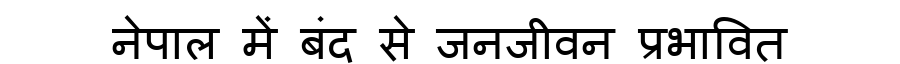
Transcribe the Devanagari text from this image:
नेपाल में बंद से जनजीवन प्रभावित